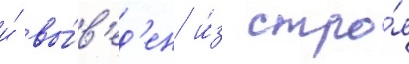
и́ вы́в'ед'ен и́з стро́я